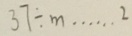
3 7 \div m \cdots 2